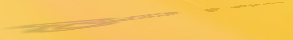
صيدلية الحياة: دوائك و صح